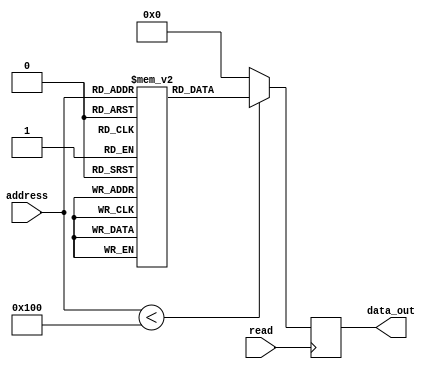
module OTP_ROM (
    input [address_width-1:0] address,
    output [data_width-1:0] data_out,
    input read
);

parameter address_width = 8;
parameter data_width = 16;
parameter memory_depth = 256;

reg [data_width-1:0] memory [0:memory_depth-1];

initial begin
    // Initialize memory with stored data
    // Fill memory with programming data
end

always @(posedge read) begin
    if (address < memory_depth)
        data_out <= memory[address];
    else
        data_out <= 16'h0000; // Default value if address is out of range
end

endmodule